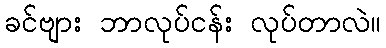
ခင်ဗျား ဘာလုပ်ငန်း လုပ်တာလဲ။